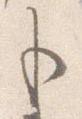
も